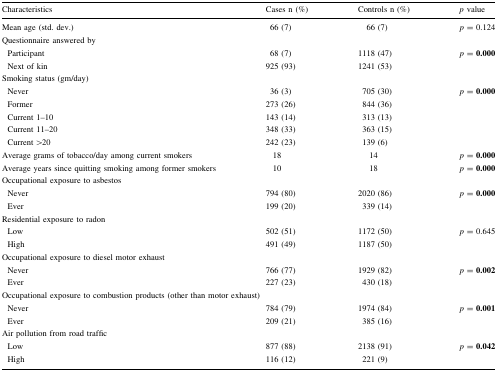
| Characteristics | Cases n (%) | Controls n (%) | p value |
 | --- | --- | --- | --- |
 | Mean age (std. dev.) | 66 (7) | 66 (7) | p = 0.124 |
 | <COLSPAN=4> Questionnaire answered by |
 | Participant | 68 (7) | 1118 (47) | <ROWSPAN=2> p = 0.000 |
 | Next of kin | 925 (93) | 1241 (53) |
 | <COLSPAN=4> Smoking status (gm/day) |
 | Never | 36 (3) | 705 (30) | <ROWSPAN=5> p = 0.000 |
 | Former | 273 (26) | 844 (36) |
 | Current 1–10 | 143 (14) | 313 (13) |
 | Current 11–20 | 348 (33) | 363 (15) |
 | Current >20 | 242 (23) | 139 (6) |
 | Average grams of tobacco/day among current smokers | 18 | 14 | p = 0.000 |
 | Average years since quitting smoking among former smokers | 10 | 18 | p = 0.000 |
 | <COLSPAN=4> Occupational exposure to asbestos |
 | Never | 794 (80) | 2020 (86) | <ROWSPAN=2> p = 0.000 |
 | Ever | 199 (20) | 339 (14) |
 | <COLSPAN=4> Residential exposure to radon |
 | Low | 502 (51) | 1172 (50) | <ROWSPAN=2> p = 0.645 |
 | High | 491 (49) | 1187 (50) |
 | <COLSPAN=4> Occupational exposure to diesel motor exhaust |
 | Never | 766 (77) | 1929 (82) | <ROWSPAN=2> p = 0.002 |
 | Ever | 227 (23) | 430 (18) |
 | <COLSPAN=4> Occupational exposure to combustion products (other than motor exhaust) |
 | Never | 784 (79) | 1974 (84) | <ROWSPAN=2> p = 0.001 |
 | Ever | 209 (21) | 385 (16) |
 | <COLSPAN=4> Air pollution from road traffic |
 | Low | 877 (88) | 2138 (91) | <ROWSPAN=2> p = 0.042 |
 | High | 116 (12) | 221 (9) |